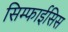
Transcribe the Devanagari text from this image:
सिम्फाईसिस